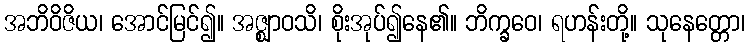
အဘိဝိဇိယ၊ အောင်မြင်၍။ အဇ္ဈာဝသိ၊ စိုးအုပ်၍နေ၏။ ဘိက္ခဝေ၊ ရဟန်းတို့။ သုနေတ္တော၊